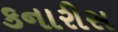
કનારીસ